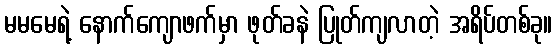
မမမေရဲ့ နောက်ကျောဖက်မှာ ဖုတ်ခနဲ ပြုတ်ကျလာတဲ့ အရိပ်တစ်ခု။